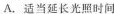
A.适当延长光照时间